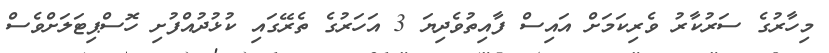
މިހާރުގެ ސަރުކާރު ވެރިކަމަށް އައިސް ފާއިތުވެދިޔަ 3 އަހަރުގެ ތެރޭގައި ކުޅުދުއްފުށި ހޮސްޕިޓަލަށްވެސް